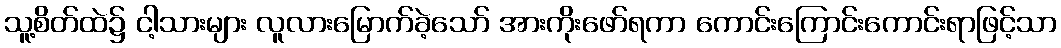
သူ့စိတ်ထဲ၌ ငါ့သားများ လူလားမြောက်ခဲ့သော် အားကိုးဖော်ရကာ ကောင်းကြောင်းကောင်းရာဖြင့်သာ